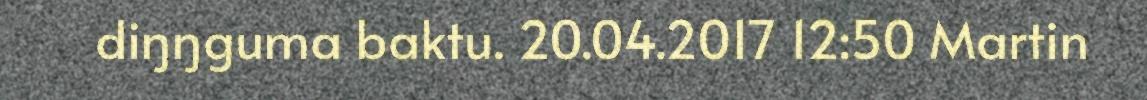
diŋŋguma baktu. 20.04.2017 12:50 Martin